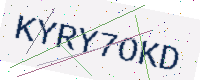
Text: KYRY7OKD